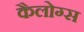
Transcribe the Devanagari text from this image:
कैलोग्स